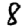
Digit: 8